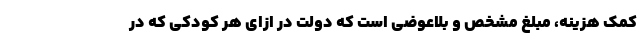
کمک هزینه، مبلغ مشخص و بلاعوضی است که دولت در ازای هر کودکی که در